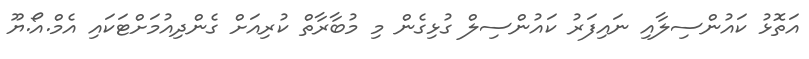
އަތޮޅު ކައުންސިލާއި ނައިފަރު ކައުންސިލް ގުޅިގެން މި މުބާރާތް ކުރިއަށް ގެންދިއުމަށްޓަކައި އެމް.އޯ.ޔޫ